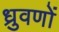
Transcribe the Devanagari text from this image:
ध्रुवणों